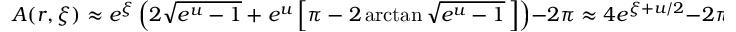
A ( r , \xi ) \approx e ^ { \xi } \left( 2 \sqrt { e ^ { u } - 1 } + e ^ { u } \left[ \pi - 2 \arctan \sqrt { e ^ { u } - 1 } \, \right] \right) - 2 \pi \approx 4 e ^ { \xi + u / 2 } - 2 \pi ,